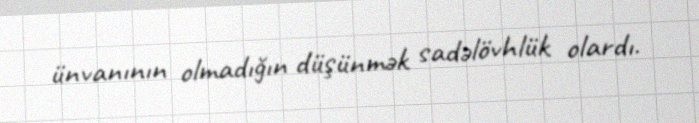
ünvanının olmadığın düşünmək sadəlövhlük olardı.